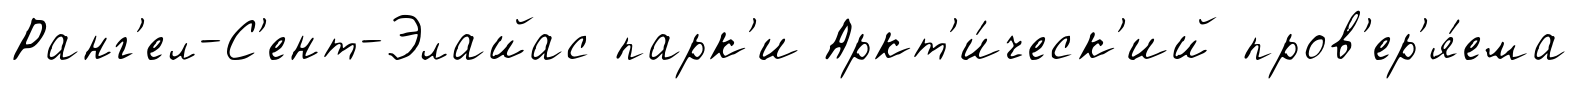
Ранг'ел-С'ент-Элайас парк'и Аркт'и́ческ'ий пров'ер'я́ема